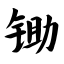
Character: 锄